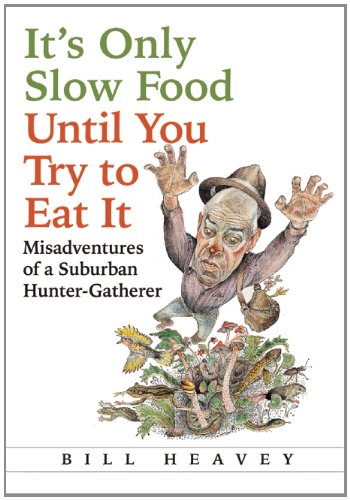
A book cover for It's Only Slow Food Until You Try to Eat It: Misadventures of a Suburban Hunter-Gatherer; Bill Heavey; Humor & Entertainment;